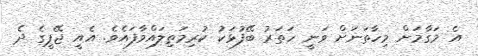
އެ މަގާމަށް މިހާތަނަށް ވަނީ ހަތަރު ބޭފުޅަކު ކުރިމަތިލައްވާފައެވެ. އެއީ ޖޭޕީގެ ދެ